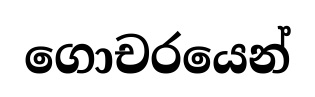
ගොචරයෙන්